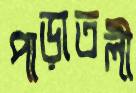
পাড়াতলী